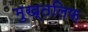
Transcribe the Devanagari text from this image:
मुख्तलिफ़